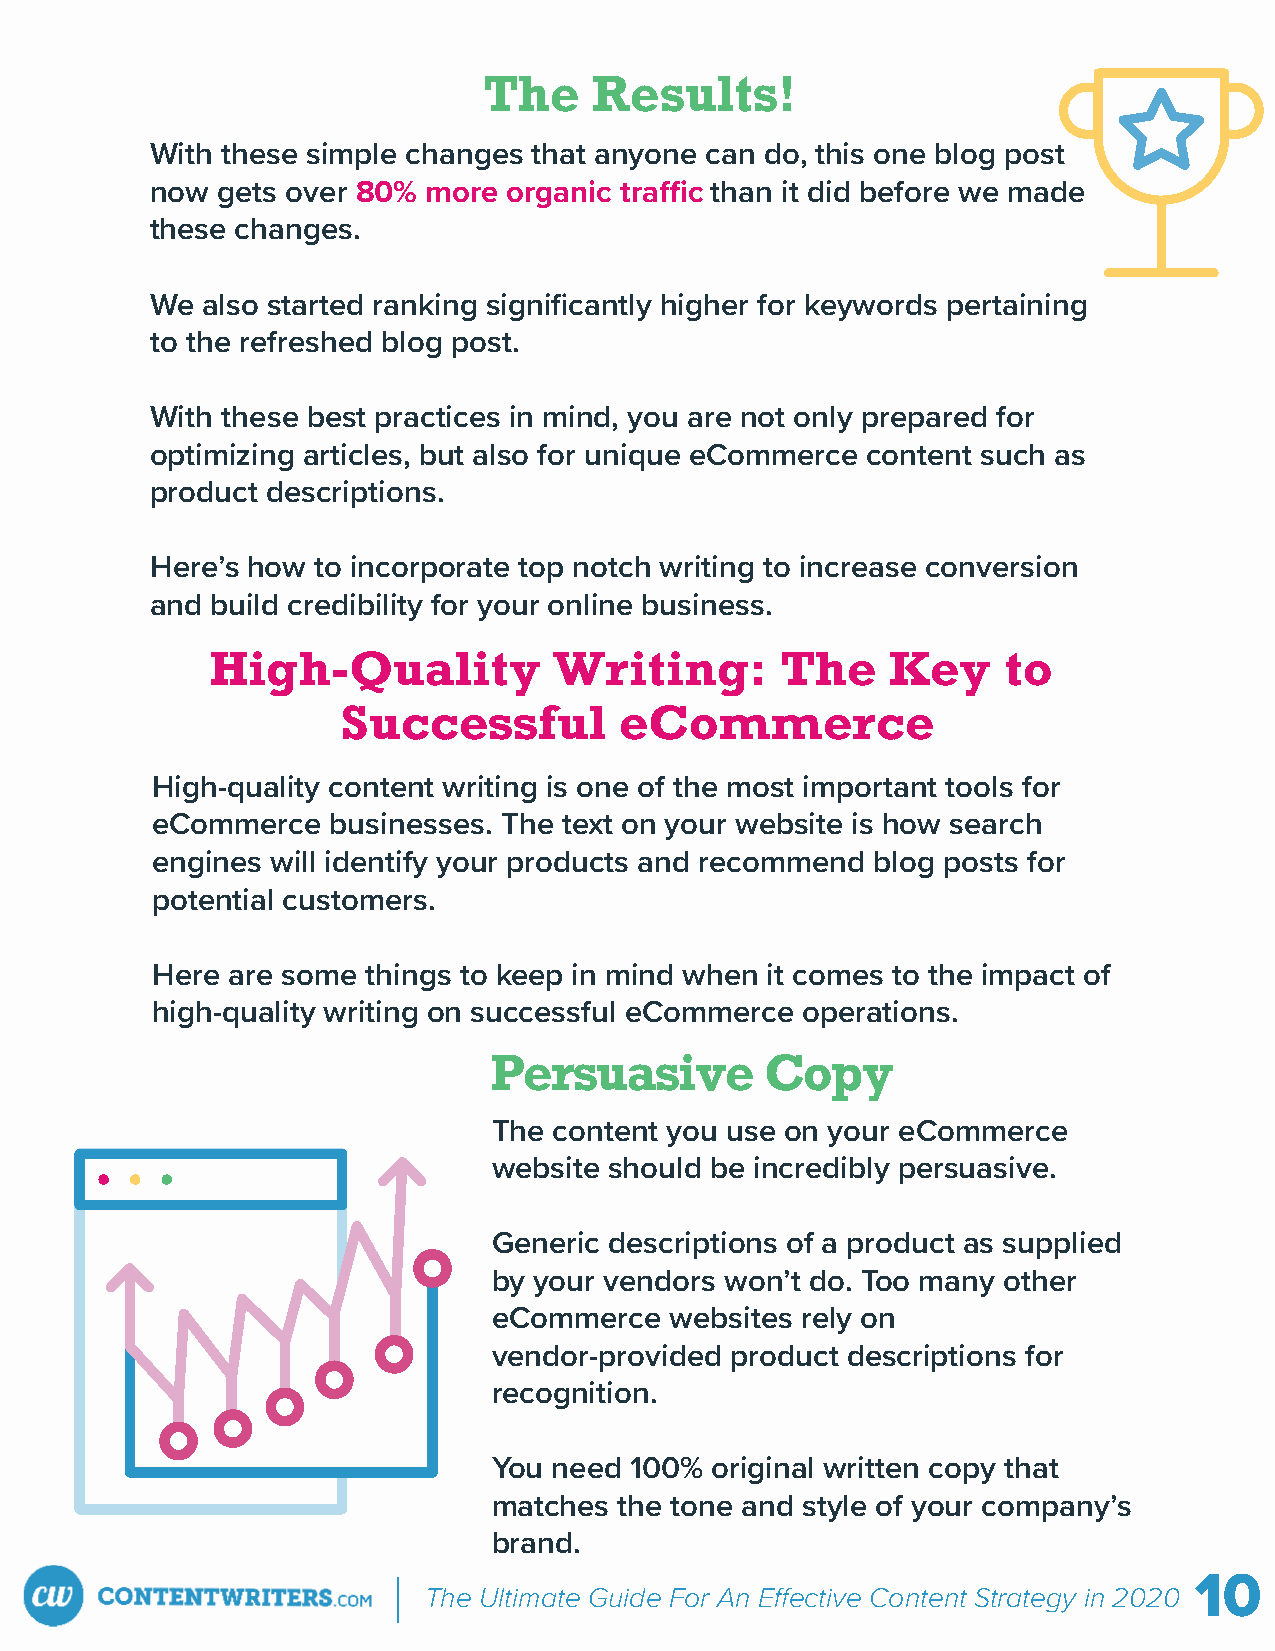
The    Results!
 With these simple changes that anyone can do, this one blog post
 now gets over 80% more  organic tra c than it did before we made
 these changes.
 We also started ranking significantly higher for keywords pertaining
 to the refreshed blog post.
 With these best practices in mind, you are not only prepared for
 optimizing articles, but also for unique eCommerce content such as
 product descriptions.
 Here’s how to incorporate top notch writing to increase conversion
 and build credibility for your online business.
 High-Quality           Writing:       The    Key     to
 Successful        eCommerce
 High-quality content writing is one of the most important tools for
 eCommerce   businesses. The text on your website is how search
 engines will identify your products and recommend blog posts for
 potential customers.
 Here are some things to keep in mind when it comes to the impact of
 high-quality writing on successful eCommerce operations.
 Persuasive         Copy
 The content you use on your eCommerce
 website should be incredibly persuasive.
 Generic descriptions of a product as supplied
 by your vendors won’t do. Too many other
 eCommerce  websites rely on
 vendor-provided product descriptions for
 recognition.
 You need 100% original written copy that
 matches the tone and style of your company’s
 brand.
 10
 The Ultimate Guide For An E ective Content Strategy in 2020